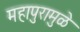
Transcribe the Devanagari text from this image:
महापुरामुळे